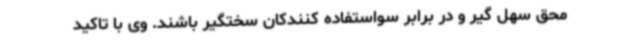
محق سهل گیر و در برابر سواستفاده کنندکان سختگیر باشند. وی با تاکید